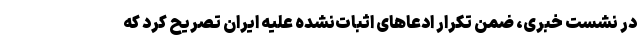
در نشست خبری، ضمن تکرار ادعاهای اثبات‌نشده علیه ایران تصریح کرد که